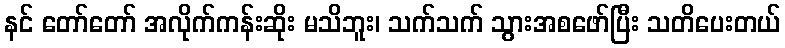
နင် တော်တော် အလိုက်ကန်းဆိုး မသိဘူး၊ သက်သက် သွားအစဖော်ပြီး သတိပေးတယ်